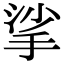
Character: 挲